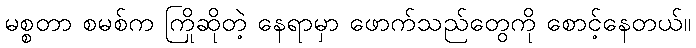
မစ္စတာ စမစ်က ကြိုဆိုတဲ့ နေရာမှာ ဖောက်သည်တွေကို စောင့်နေတယ်။